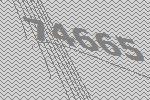
74665